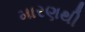
મારણથી